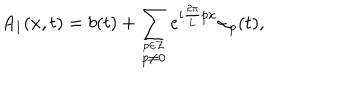
LaTeX: A _ { 1 } ( x , t ) = b ( t ) + \sum _ { \stackrel { p \in \cal Z } { p \neq 0 } } e ^ { i \frac { 2 \pi } { 2 \pi } { L } p x } { \alpha } _ { p } ( t ) ,